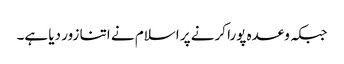
جبکہ وعدہ پورا کرنے پر اسلام نے اتنا زور دیا ہے۔